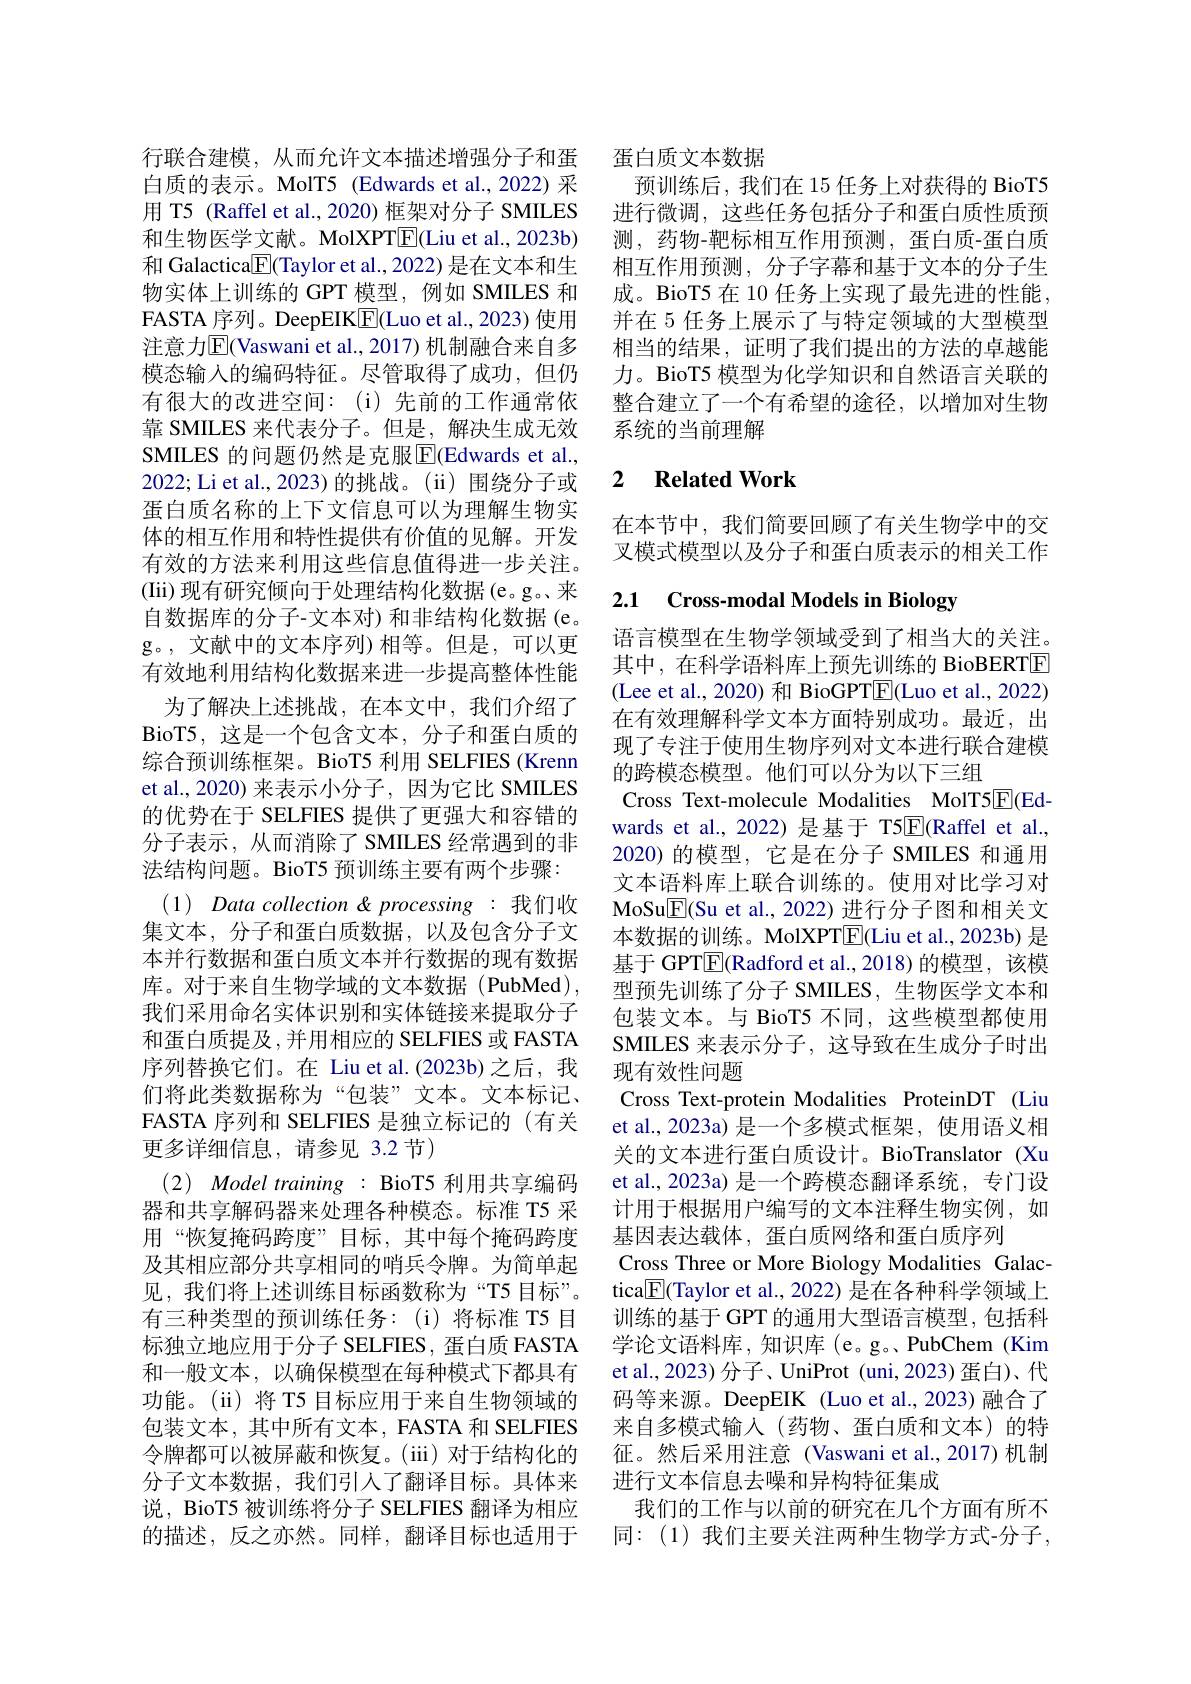
行联合建模，从而允许文本描述增强分子和蛋白质的表示。MolT5 (Edwards et al.,2022) 采用 T5 (Raffel et al., 2020) 框架对分子 SMILES 和生物医学文献。MolXPTE(Liu et al., 2023b) 和 Galactica[E](Taylor et al.,2022)是在文本和生物实体上训练的 GPT 模型，例如 SMILES 和FASTA 序列。DeepEIK$\underline{\mathrm{F}}($Luo et al., 2023) 使用注意力$\overline{\mathrm{E}}($Vaswani et al., 2017)机制融合来自多模态输入的编码特征。尽管取得了成功，但仍有很大的改进空间：(i)先前的工作通常依靠 SMILES 来代表分子。但是，解决生成无效SMILES 的问题仍然是克服E$[ ( Edwards et al. $, 2022; Li et al.,2023)的挑战。(ii)围绕分子或蛋白质名称的上下文信息可以为理解生物实体的相互作用和特性提供有价值的见解。开发有效的方法来利用这些信息值得进一步关注。(Iii) 现有研究倾向于处理结构化数据(e。g。来自数据库的分子-文本对)和非结构化数据(e。g。,文献中的文本序列)相等。但是，可以更有效地利用结构化数据来进一步提高整体性能
为了解决上述挑战，在本文中，我们介绍了BioT5, 这是一个包含文本，分子和蛋白质的综合预训练框架。BioT5 利用 SELFIES (Krenn et al.,2020) 来表示小分子，因为它比 SMILES 的优势在于 SELFIES 提供了更强大和容错的分子表示，从而消除了 SMILES 经常遇到的非法结构问题。BioT5 预训练主要有两个步骤： $( 1) \textit{Data collection < processing : 我 们 收 }$ 集文本，分子和蛋白质数据，以及包含分子文本并行数据和蛋白质文本并行数据的现有数据库。对于来自生物学域的文本数据(PubMed), 我们采用命名实体识别和实体链接来提取分子和蛋白质提及，并用相应的 SELFIES 或 FASTA 序列替换它们。在 Liu et al.(2023b) 之后，我们将此类数据称为“包装”文本。文本标记、 FASTA 序列和 SELFIES 是独立标记的(有关更多详细信息，请参见 3.2 节)
$(2)Modeltraining:$ BioT5 利用共享编码器和共享解码器来处理各种模态。标准 T5 采用“恢复掩码跨度”目标，其中每个掩码跨度及其相应部分共享相同的哨兵令牌。为简单起见，我们将上述训练目标函数称为“T5 目标”。有三种类型的预训练任务：(i)将标准 T5 目标独立地应用于分子 SELFIES, 蛋白质 FASTA 和一般文本，以确保模型在每种模式下都具有功能。(ii) 将 T5 目标应用于来自生物领域的包装文本，其中所有文本，FASTA 和 SELFIES 令牌都可以被屏蔽和恢复。(iii) 对于结构化的分子文本数据，我们引人了翻译目标。具体来说，BioT5 被训练将分子 SELFIES 翻译为相应的描述，反之亦然。同样，翻译目标也适用于

蛋白质文本数据
预训练后，我们在 15 任务上对获得的 BioT5进行微调，这些任务包括分子和蛋白质性质预测，药物-靶标相互作用预测，蛋白质-蛋白质相互作用预测，分子字幕和基于文本的分子生成。BioT5 在 10 任务上实现了最先进的性能， 并在 5 任务上展示了与特定领域的大型模型相当的结果，证明了我们提出的方法的卓越能力。BioT5 模型为化学知识和自然语言关联的整合建立了一个有希望的途径，以增加对生物系统的当前理解

## 2 $\textbf{Related Work}$

在本节中，我们简要回顾了有关生物学中的交叉模式模型以及分子和蛋白质表示的相关工作

2.1 Cross-modal Models in Biology

语言模型在生物学领域受到了相当大的关注。其中，在科学语料库上预先训练的 BioBERTE (Lee et al., 2020) 和 BioGPT$\overline{\mathrm{E}}($Luo et al., 2022) 在有效理解科学文本方面特别成功。最近，出现了专注于使用生物序列对文本进行联合建模的跨模态模型。他们可以分为以下三组
Cross Text-molecule Modalities MolT5E(Edwards et al.,2022) 是基于 T5$\overline{\mathrm{E}}($Raffel et al. 2020)的模型，它是在分子 SMILES 和通用文本语料库上联合训练的。使用对比学习对MoSu$\boxed{\mathrm{F}}($Su et al., 2022) 进行分子图和相关文本数据的训练。MolXPT$\boxed{\mathrm{F}}($Liu et al.,2023b) 是基于 GPT$\overline{\mathbb{E}}($Radford et al.,2018)的模型，该模型预先训练了分子 SMILES, 生物医学文本和包装文本。与 BioT5 不同，这些模型都使用SMILES 来表示分子，这导致在生成分子时出现有效性问题
Cross Text-protein Modalities ProteinDT (Liu et al., 2023a) 是一个多模式框架，使用语义相关的文本进行蛋白质设计。BioTranslator (Xu et al., 2023a) 是一个跨模态翻译系统，专门设计用于根据用户编写的文本注释生物实例，如基因表达载体，蛋白质网络和蛋白质序列
Cross Three or More Biology Modalities Galactica$\underline{\mathrm{E}}($Taylor et al., 2022) 是在各种科学领域上训练的基于 GPT 的通用大型语言模型，包括科学论文语料库，知识库(e。g。、PubChem (Kim et al.,2023) 分子、UniProt (uni,2023) 蛋白)、代码等来源。DeepEIK (Luo et al.,2023)融合了来自多模式输入(药物、蛋白质和文本)的特征。然后采用注意(Vaswani et al.,2017)机制进行文本信息去噪和异构特征集成
我们的工作与以前的研究在几个方面有所不同：(1)我们主要关注两种生物学方式-分子，